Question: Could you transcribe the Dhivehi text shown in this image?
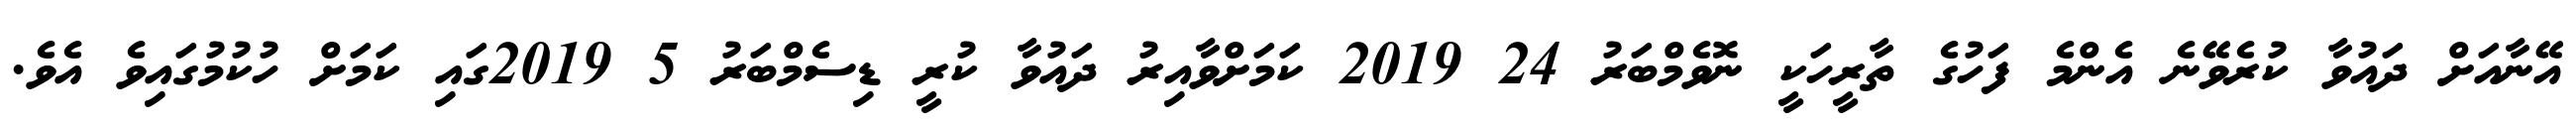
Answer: އޭނާއަށް ދައުވާ ކުރެވޭނެ އެންމެ ފަހުގެ ތާރީހަކީ ނޮވެމްބަރު 24 2019 ކަމަށްވާއިރު ދައުވާ ކުރީ ޑިސެމްބަރު 5 2019ގައި ކަމަށް ހުކުމުގައިވެ އެވެ.